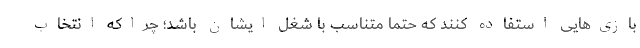
بازی‌هایی استفاده کنند که حتماً متناسب با شغل ایشان باشد؛ چراکه انتخاب